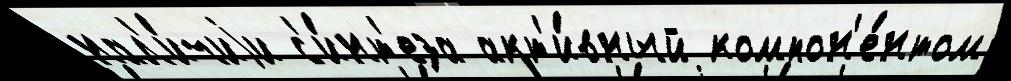
нал'и́чиjи с'и́нт'еза акт'и́вный компон'е́нтом